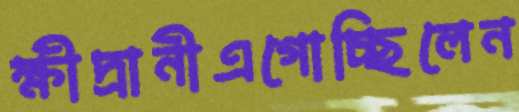
ক্ষীদ্রানীএগোচ্ছিলেন